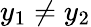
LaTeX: y_{1}\neq y_{2}